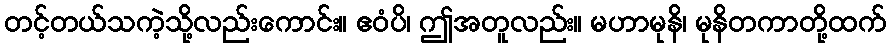
တင့်တယ်သကဲ့သို့လည်းကောင်း။ ဧဝံပိ၊ ဤအတူလည်း။ မဟာမုနိ၊ မုနိတကာတို့ထက်